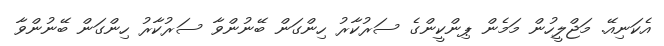
އެކަނިއޭ. މަޖްލީހުން މަމެން ޕިންކީންގެ ސަރުކާރު ހިންގަން ބޭނުންވާ ސަރުކާރު ހިންގަން ބޭނުންވާ